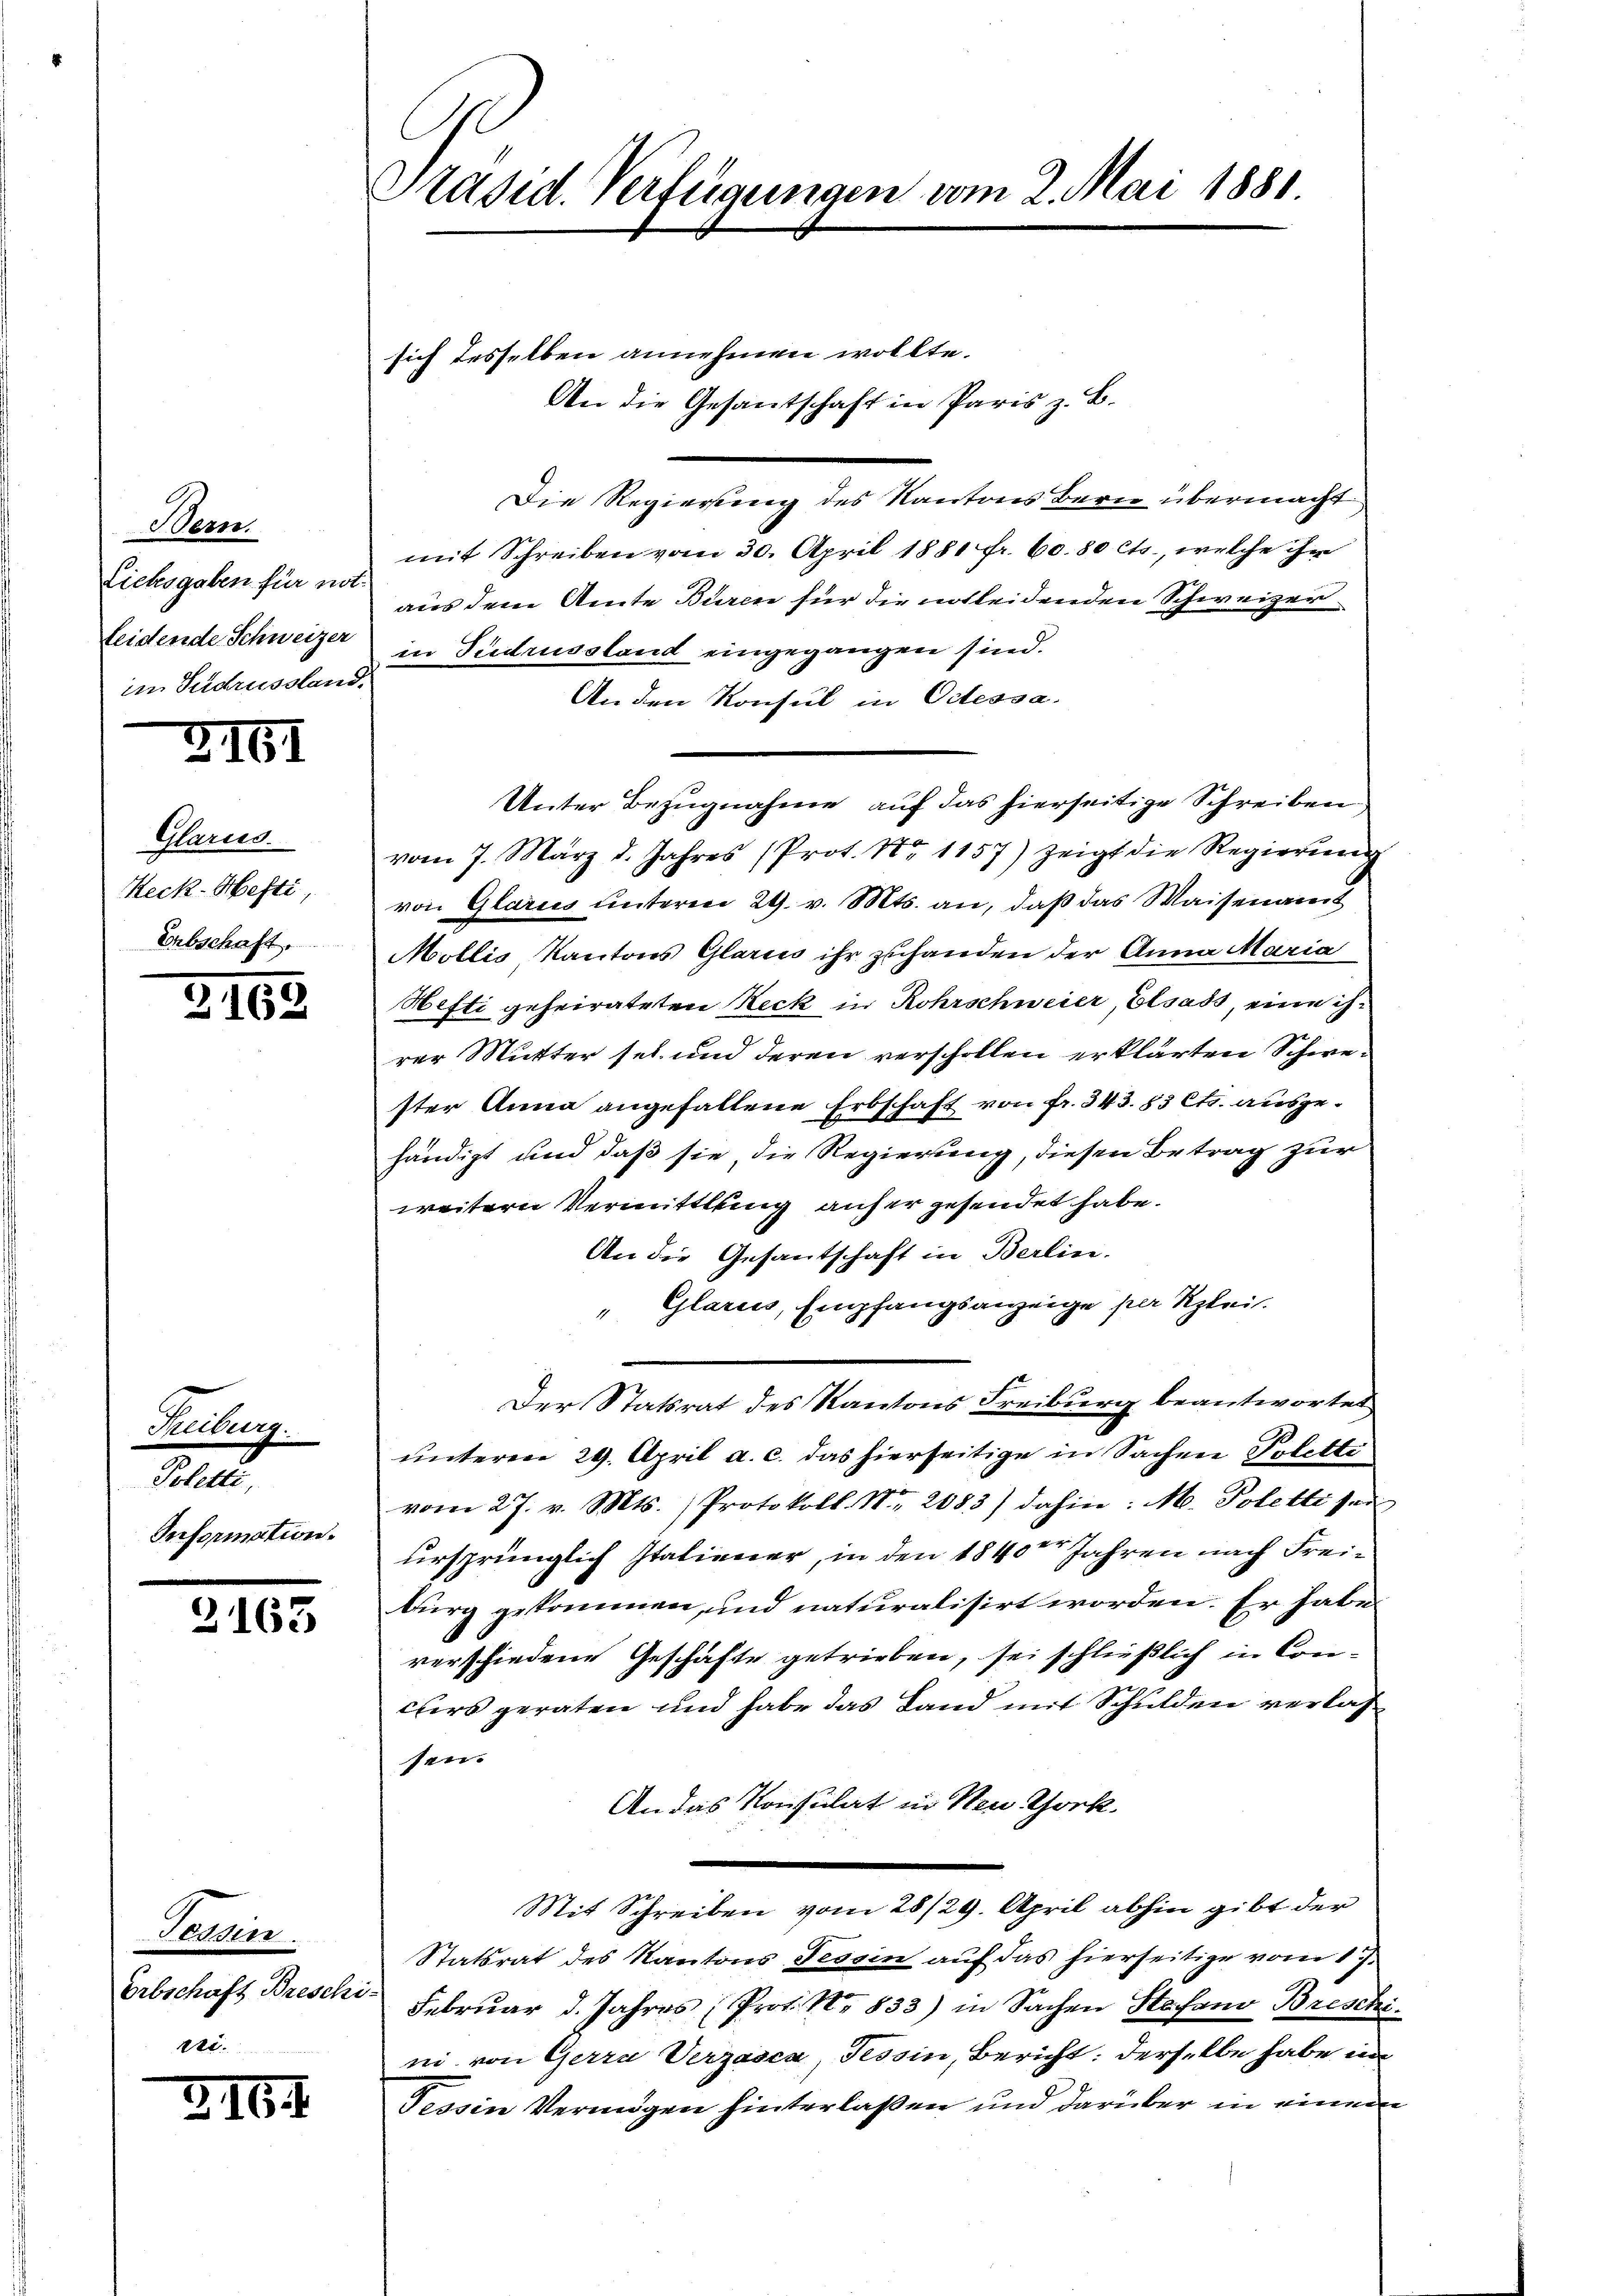
Bem
Eichsgaben für not
leidende Schweizer
in Gudrussland.

3161

Glarus.
Keck-Hefti,
Erbschaft.

3162

Freibur
.
Information.

2163

Tessin.

3164.

sich desselben annehmen wollte.
An die Gesantschaft in Paris z. B.
Die Regierung des Kantons Bern übermacht
mit Schreiben vom 30. April 1881 fr. 60.80 Cts., welche ihr
aus dem Amte Buren für die notleidenden Schweizer
in Sudrussland eingegangen sind.
Anden Konsul in Odessa.
Unter Bezugnahme auf das hierseitige Schreiben
vom 7. März d. Jahres (Prot. Nr. 1157) zeigt die Regierung
von Glarus unterm 29. v. Mts. an, daß das Waisenamt
Mollis Kantons Glarus ihr zuhanden der Anna Maria
Hefti geheirateten Reck in Rohrschweier, Elsass, eine ihrer Mutter sei und deren verschollen erklärten Schwester Anna angefallene Erbschaft von Fr. 343. 83 Cts. ausgehändigt und daß sie, die Regierung, diesen Betrag zur
weitern Vermittlung anher gesendet habe.
An die Gesantschaft in Berlin.
" Glarus, Empfangsanzeige per Klei
Der Statsrat des Kantons Freiburg beantwortet
unteren 29. April a. c. das hierseitige in Sachene Poletti
vom 27. v. Mts. ) Protokoll. N. 2083) dahin: M. Poletti sei
ursprünglich Italiener, in den 1840ten Jahren nach Freiburg gekommen, und naturalisirt worden. Er habe
verschiedene Geschäfte getrieben, sei schließlich in Concuirs geraten und habe das Land mit Schulden verlas
sen.
An das Konsulat in den Chork
Mit Schreiben vom 28/29. April abhin gibt der
Statsrat des Kantons Tessin aŭf das hierseitige vom 17.
Erbschaft Breschi. Februar d. Jahres Prof. No. 833) in Sachen Stefand Breschini von Gerra Verzasca, Tessin, Bericht: derselbe habe i
Tessin Vermögen hinterlaßen und darüber in einem

Präsid. Verfügungen vom 2. Mai 1881.